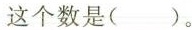
这个数是（）